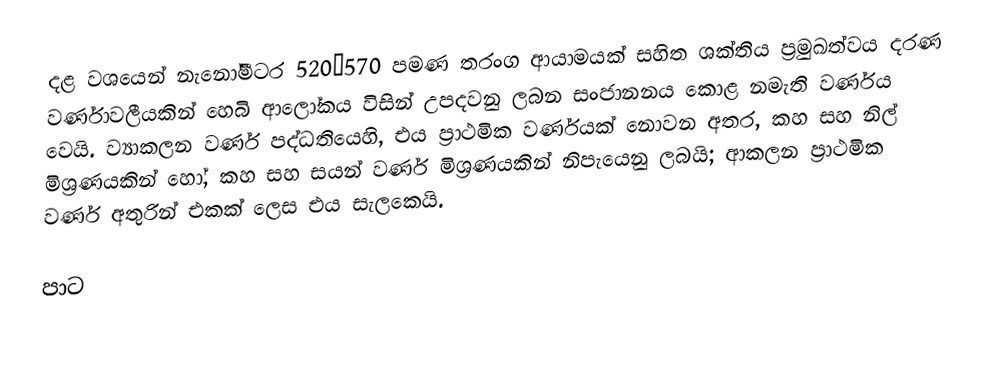
දළ වශයෙන්  නැනෝමීටර 520–570 පමණ  තරංග ආයාමයක් සහිත ශක්තිය ප්‍රමුඛත්වය දරණ වර්ණාවලීයකින් හෙබි ආලෝකය විසින් උපදවනු ලබන සංජානනය කොළ නමැති  වර්ණය වෙයි. ව්‍යාකලන වර්ණ පද්ධතියෙහි, එය  ප්‍රාථමික වර්ණයක් නොවන අතර, කහ සහ නිල් මිශ්‍රණයකින් හෝ, කහ සහ සයන් වර්ණ මිශ්‍රණයකින් නිපැයෙනු ලබයි; ආකලන ප්‍රාථමික වර්ණ අතුරින් එකක් ලෙස එය සැලකෙයි.

පාට